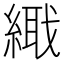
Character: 𦃎